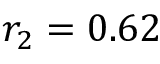
r _ { 2 } = 0 . 6 2